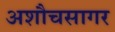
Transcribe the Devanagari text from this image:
अशौचसागर